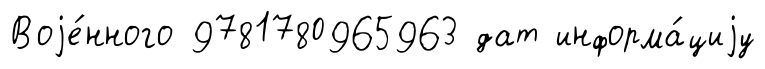
Воjе́нного 9781780965963 дат информа́циjу